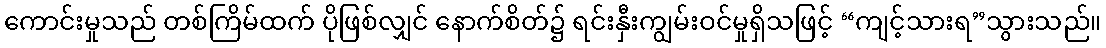
ကောင်းမှုသည် တစ်ကြိမ်ထက် ပိုဖြစ်လျှင် နောက်စိတ်၌ ရင်းနှီးကျွမ်းဝင်မှုရှိသဖြင့် “ကျင့်သားရ”သွားသည်။